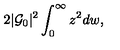
2 | { \cal G } _ { 0 } | ^ { 2 } \int _ { 0 } ^ { \infty } z ^ { 2 } d w ,